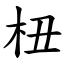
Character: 杻